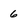
Character: 6